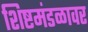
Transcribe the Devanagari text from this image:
शिष्टमंडळावर